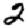
Digit: 2